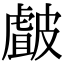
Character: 皻